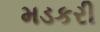
મડકરી